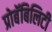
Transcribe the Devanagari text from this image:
प्रोबॅबिलिटी